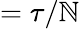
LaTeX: =\tau/\mathbb{N}